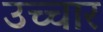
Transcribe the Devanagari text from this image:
उच्‍चार